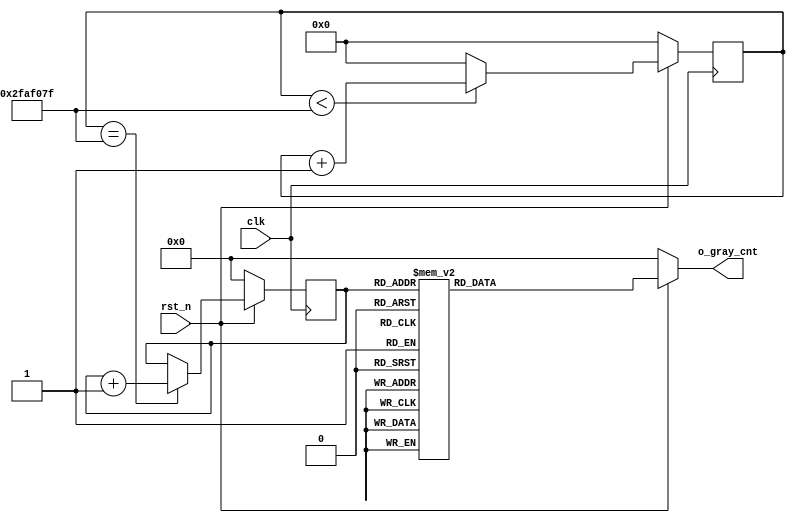
`timescale 1ns/1ns

module four_bit_gray_code_counter(
    clk,  //50MHz,20ns
    rst_n,
    o_gray_cnt,
    );

// 1s/20ns =1s
parameter               TIMER_MAX = 32'd1000000000/20;

input                   clk;
input                   rst_n;
output wire[3:0]        o_gray_cnt;

//////////1s//////////
reg[31:0]               time_cnt; //

always@(posedge clk)begin 
    if(!rst_n) time_cnt <= 'b0;
    else if(time_cnt < TIMER_MAX - 1) time_cnt <= time_cnt + 1;
    else time_cnt <= 'b0;
end

//0
//1
//2
//3
//......
//TIMER_MAX-1
// TIMER_MAX 

//////////4//////////
reg[3:0]                b_cnt;

always@(posedge clk)begin
    if(!rst_n) b_cnt <= 'b0;
    else if(time_cnt == TIMER_MAX-1) b_cnt <= b_cnt + 1; // b_cnt  1
    else ;
end

////////////////////
reg[3:0]                    r_gray; //
                    
always@(*)begin
    if(!rst_n) r_gray <= 'b0;
    else begin
        case(b_cnt)
                4'b0000 : r_gray <= 'b0000;
                4'b0001 : r_gray <= 'b0001;
                4'b0010 : r_gray <= 'b0011;
                4'b0011 : r_gray <= 'b0010;
                4'b0100 : r_gray <= 'b0110;
                4'b0101 : r_gray <= 'b0111;
                4'b0110 : r_gray <= 'b0101;
                4'b0111 : r_gray <= 'b0100;
                4'b1000 : r_gray <= 'b1100;
                4'b1001 : r_gray <= 'b1101;
                4'b1010 : r_gray <= 'b1111;
                4'b1011 : r_gray <= 'b1110;
                4'b1100 : r_gray <= 'b1010;
                4'b1101 : r_gray <= 'b1011;
                4'b1110 : r_gray <= 'b1001;
                4'b1111 : r_gray <= 'b1000;
                default : ; //
        endcase //
    end
end

////////////////////
assign o_gray_cnt = r_gray;


endmodule